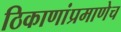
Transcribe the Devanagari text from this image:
ठिकाणांप्रमाणेच